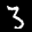
Label: 3